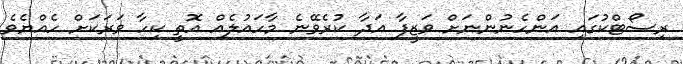
ރިސޯޓްކުގައި އަންހެނުންނަށް ވަޒީފާ އަދާ ކުރެވޭނެ މާހައުލެއް އޮތީ ކިހާ ވަރަކަށް ހެއްޔެވެ